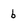
Character: 6